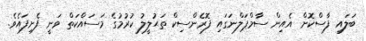
ބަލައި ފާސްކޮށް އެއިން ސާމްޕަލްނަގައި ފޮރެންސިކް ތަޙުލީލު ކުރުމުގެ މަސައްކަތް ވަނީ ފެށިފައެވެ.